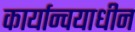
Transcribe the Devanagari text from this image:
कार्यान्वयाधीन